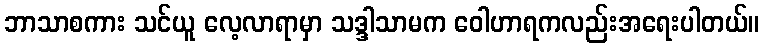
ဘာသာစကား သင်ယူ လေ့လာရာမှာ သဒ္ဒါသာမက ဝေါဟာရကလည်းအရေးပါတယ်။